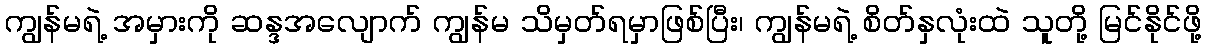
ကျွန်မရဲ့ အမှားကို ဆန္ဒအလျောက် ကျွန်မ သိမှတ်ရမှာဖြစ်ပြီး၊ ကျွန်မရဲ့ စိတ်နှလုံးထဲ သူတို့ မြင်နိုင်ဖို့